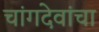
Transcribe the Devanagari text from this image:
चांगदेवांचा